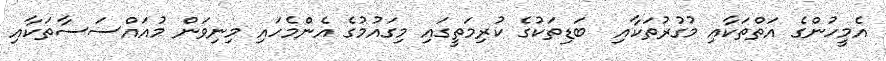
އެމީހުންގެ އަތްތަކާއި މުގުރުތަކާއި  ބަޑިތަކުގެ ކުރިމަތީގައި މިގައުމުގެ އެންމެހައި މިނިވަން މުއައްސަސާތަކާއި